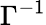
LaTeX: \Gamma^{-1}